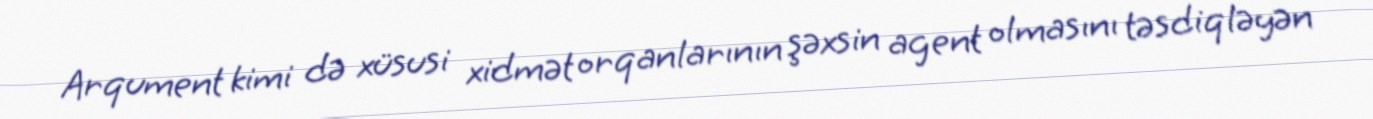
Arqument kimi də xüsusi xidmət orqanlarının şəxsin agent olmasını təsdiqləyən